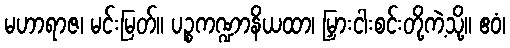
မဟာရာဇ၊ မင်းမြတ်။ ပဉ္စကဏ္ဍာနိယထာ၊ မြှားငါးစင်းတို့ကဲ့သို့။ ဧဝံ၊